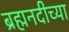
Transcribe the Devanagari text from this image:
ब्रह्मनदीच्या